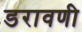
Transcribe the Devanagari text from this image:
डरावणी